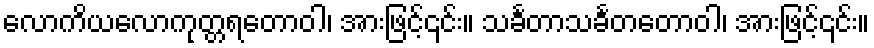
လောကိယလောကုတ္တရတောဝါ၊ အားဖြင့်၎င်း။ သင်္ခတာသင်္ခတတောဝါ၊ အားဖြင့်၎င်း။